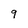
Character: 9